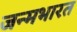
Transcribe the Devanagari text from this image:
जन्मभारत